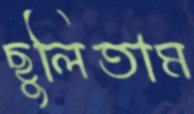
ছুলিতাম